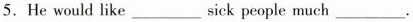
5.He would like___sick people much___.